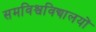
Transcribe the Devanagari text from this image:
समविश्वविद्यालयों